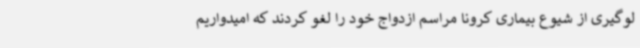
لوگیری از شیوع بیماری کرونا مراسم ازدواج خود را لغو کردند که امیدواریم